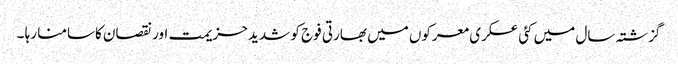
گزشتہ سال میں کئی عسکری معرکوں میں بھارتی فوج کو شدید حزیمت اور نقصان کاسامنا رہا ۔